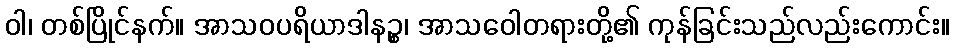
ဝါ၊ တစ်ပြိုင်နက်။ အာသဝပရိယာဒါနဉ္စ၊ အာသဝေါတရားတို့၏ ကုန်ခြင်းသည်လည်းကောင်း။